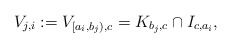
\begin{align*}V_{j,i} & :=V_{[a_i,b_j),c}=K_{b_j,c}\cap I_{c,a_i},\end{align*}